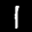
Label: 1